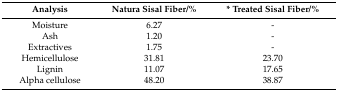
| Analysis | Natura Sisal Fiber/% | * Treated Sisal Fiber/% |
 | --- | --- | --- |
 | Moisture | 6.27 | - |
 | Ash | 1.20 | - |
 | Extractives | 1.75 | - |
 | Hemicellulose | 31.81 | 23.70 |
 | Lignin | 11.07 | 17.65 |
 | Alpha cellulose | 48.20 | 38.87 |